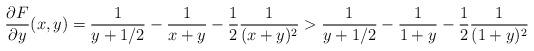
LaTeX: \begin{align*}\frac{\partial F}{\partial y}(x,y) = \frac{1}{y+1/2} - \frac{1}{x+y} - \frac{1}{2}\frac{1}{(x+y)^2} > \frac{1}{y+1/2} - \frac{1}{1+y} - \frac{1}{2}\frac{1}{(1+y)^2}\end{align*}